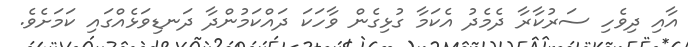
އާއި ދިވެހި ސަރުކާރާ ދެމެދު އެކަމާ ގުޅިގެން ވާހަކަ ދައްކަމުންދާ ދަނޑިވަޅެއްގައި ކަމަށެވެ.